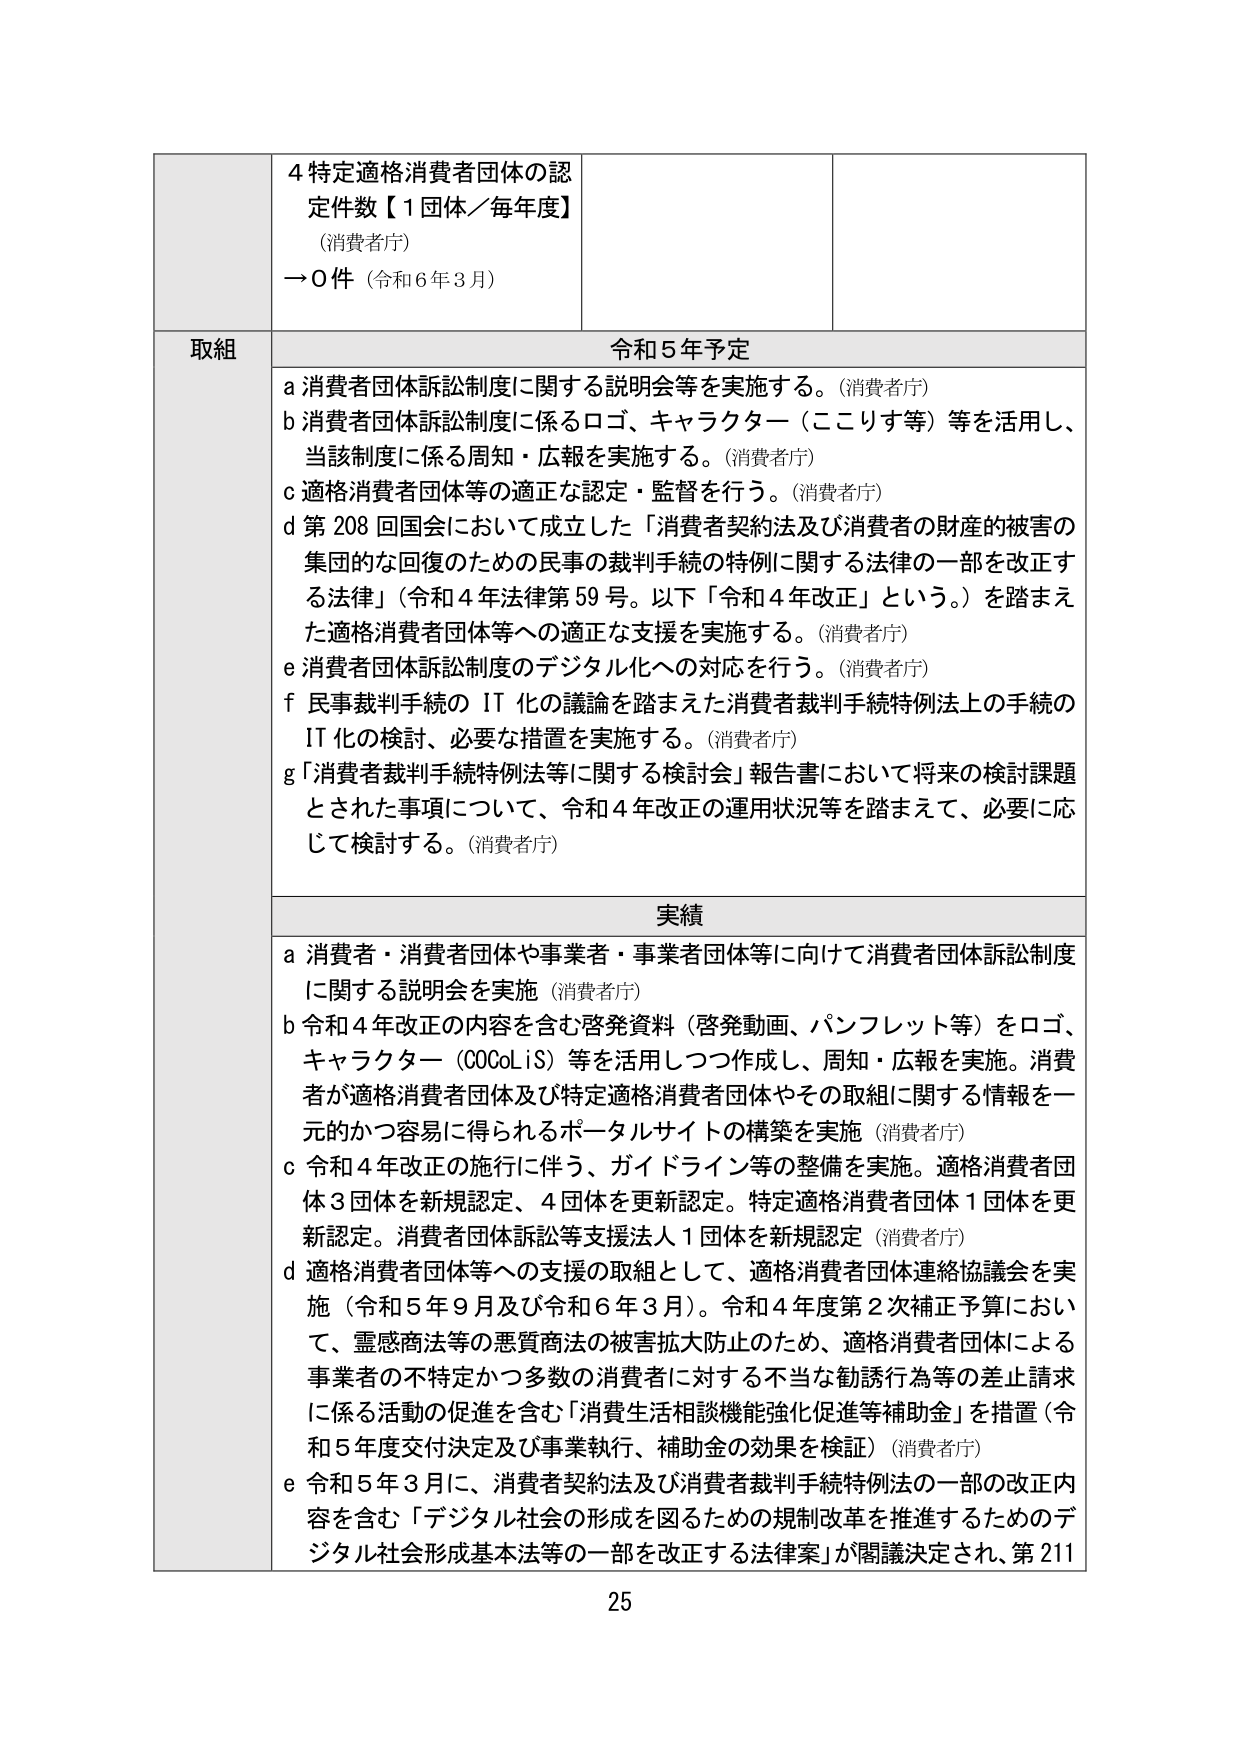
4 特定適格消費者団体の認定件数【1団体／毎年度】
（消費者庁）
→0件（令和6年3月）

取組
令和5年予定
a 消費者団体訴訟制度に関する説明会等を実施する。（消費者庁）
b 消費者団体訴訟制度に係るロゴ、キャラクター（ここりす等）等を活用し、当該制度に係る周知・広報を実施する。（消費者庁）
c 適格消費者団体等の適正な認定・監督を行う。（消費者庁）
d 第208回国会において成立した「消費者契約法及び消費者の財産的被害の集団的な回復のための民事の裁判手続の特例に関する法律の一部を改正する法律」（令和4年法律第59号。以下「令和4年改正」という。）を踏まえた適格消費者団体等への適正な支援を実施する。（消費者庁）
e 消費者団体訴訟制度のデジタル化への対応を行う。（消費者庁）
f 民事裁判手続のIT化の議論を踏まえた消費者裁判手続特例法上の手続のIT化の検討、必要な措置を実施する。（消費者庁）
g 「消費者裁判手続特例法等に関する検討会」報告書において将来の検討課題とされた事項について、令和4年改正の運用状況等を踏まえて、必要に応じて検討する。（消費者庁）

実績
a 消費者・消費者団体や事業者・事業者団体等に向けて消費者団体訴訟制度に関する説明会を実施（消費者庁）
b 令和4年改正の内容を含む啓発資料（啓発動画、パンフレット等）をロゴ、キャラクター（COCOLiS）等を活用しつつ作成し、周知・広報を実施。消費者が適格消費者団体及び特定適格消費者団体やその取組に関する情報を一元的かつ容易に得られるポータルサイトの構築を実施（消費者庁）
c 令和4年改正の施行に伴う、ガイドライン等の整備を実施。適格消費者団体3団体を新規認定、4団体を更新認定。特定適格消費者団体1団体を更新認定。消費者団体訴訟等支援法人1団体を新規認定（消費者庁）
d 適格消費者団体等への支援の取組として、適格消費者団体連絡協議会を実施（令和5年9月及び令和6年3月）。令和4年度第2次補正予算において、霊感商法等の悪質商法の被害拡大防止のため、適格消費者団体による事業者の不特定かつ多数の消費者に対する不当な勧誘行為等の差止請求に係る活動の促進を含む「消費生活相談機能強化促進等補助金」を措置（令和5年度交付決定及び事業執行、補助金の効果を検証）（消費者庁）
e 令和5年3月に、消費者契約法及び消費者裁判手続特例法の一部の改正内容を含む「デジタル社会の形成を図るための規制改革を推進するためのデジタル社会形成基本法等の一部を改正する法律案」が閣議決定され、第211

25